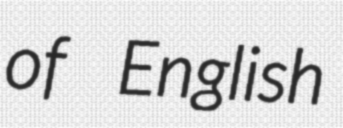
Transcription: of English